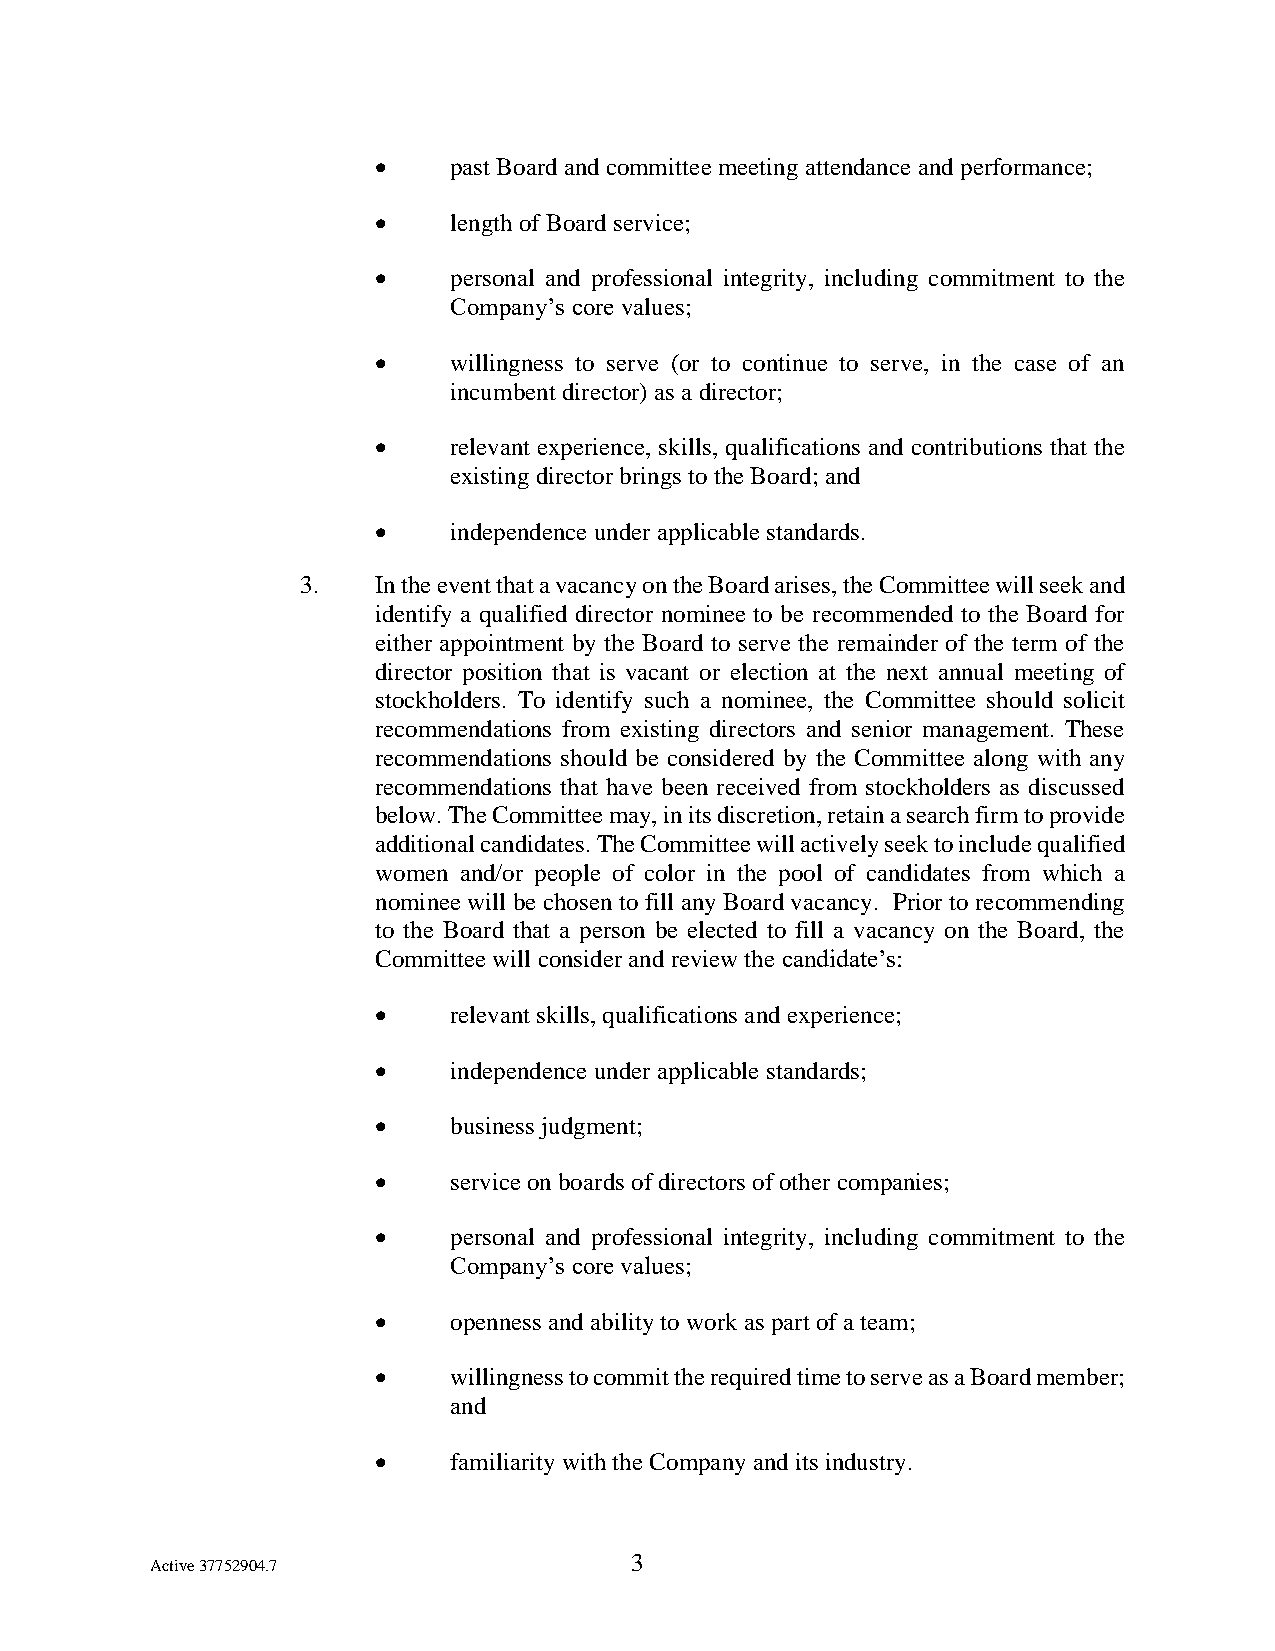
•    past Board and committee meeting attendance and performance;
 •    length of Board service;
 •    personal and professional integrity, including commitment to the
 Company’s core values;
 •    willingness to serve (or to continue to serve, in the case of an
 incumbent director) as a director;
 •    relevant experience, skills, qualifications and contributions that the
 existing director brings to the Board; and
 •    independence under applicable standards.
 3.   In the event that a vacancy on the Board arises, the Committee will seek and
 identify a qualified director nominee to be recommended to the Board for
 either appointment by the Board to serve the remainder of the term of the
 director position that is vacant or election at the next annual meeting of
 stockholders. To identify such a nominee, the Committee should solicit
 recommendations from existing directors and senior management. These
 recommendations should be considered by the Committee along with any
 recommendations that have been received from stockholders as discussed
 below. The Committee may, in its discretion, retain a search firm to provide
 additional candidates. The Committee will actively seek to include qualified
 women and/or people of color in the pool of candidates from which a
 nominee will be chosen to fill any Board vacancy. Prior to recommending
 to the Board that a person be elected to fill a vacancy on the Board, the
 Committee will consider and review the candidate’s:
 •    relevant skills, qualifications and experience;
 •    independence under applicable standards;
 •    business judgment;
 •    service on boards of directors of other companies;
 •    personal and professional integrity, including commitment to the
 Company’s core values;
 •    openness and ability to work as part of a team;
 •    willingness to commit the required time to serve as a Board member;
 and
 •    familiarity with the Company and its industry.
 3
 Active 37752904.7